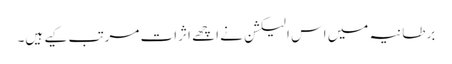
برطانیہ میں اس الیکشن نے اچھے اثرات مرتب کیے ہیں۔